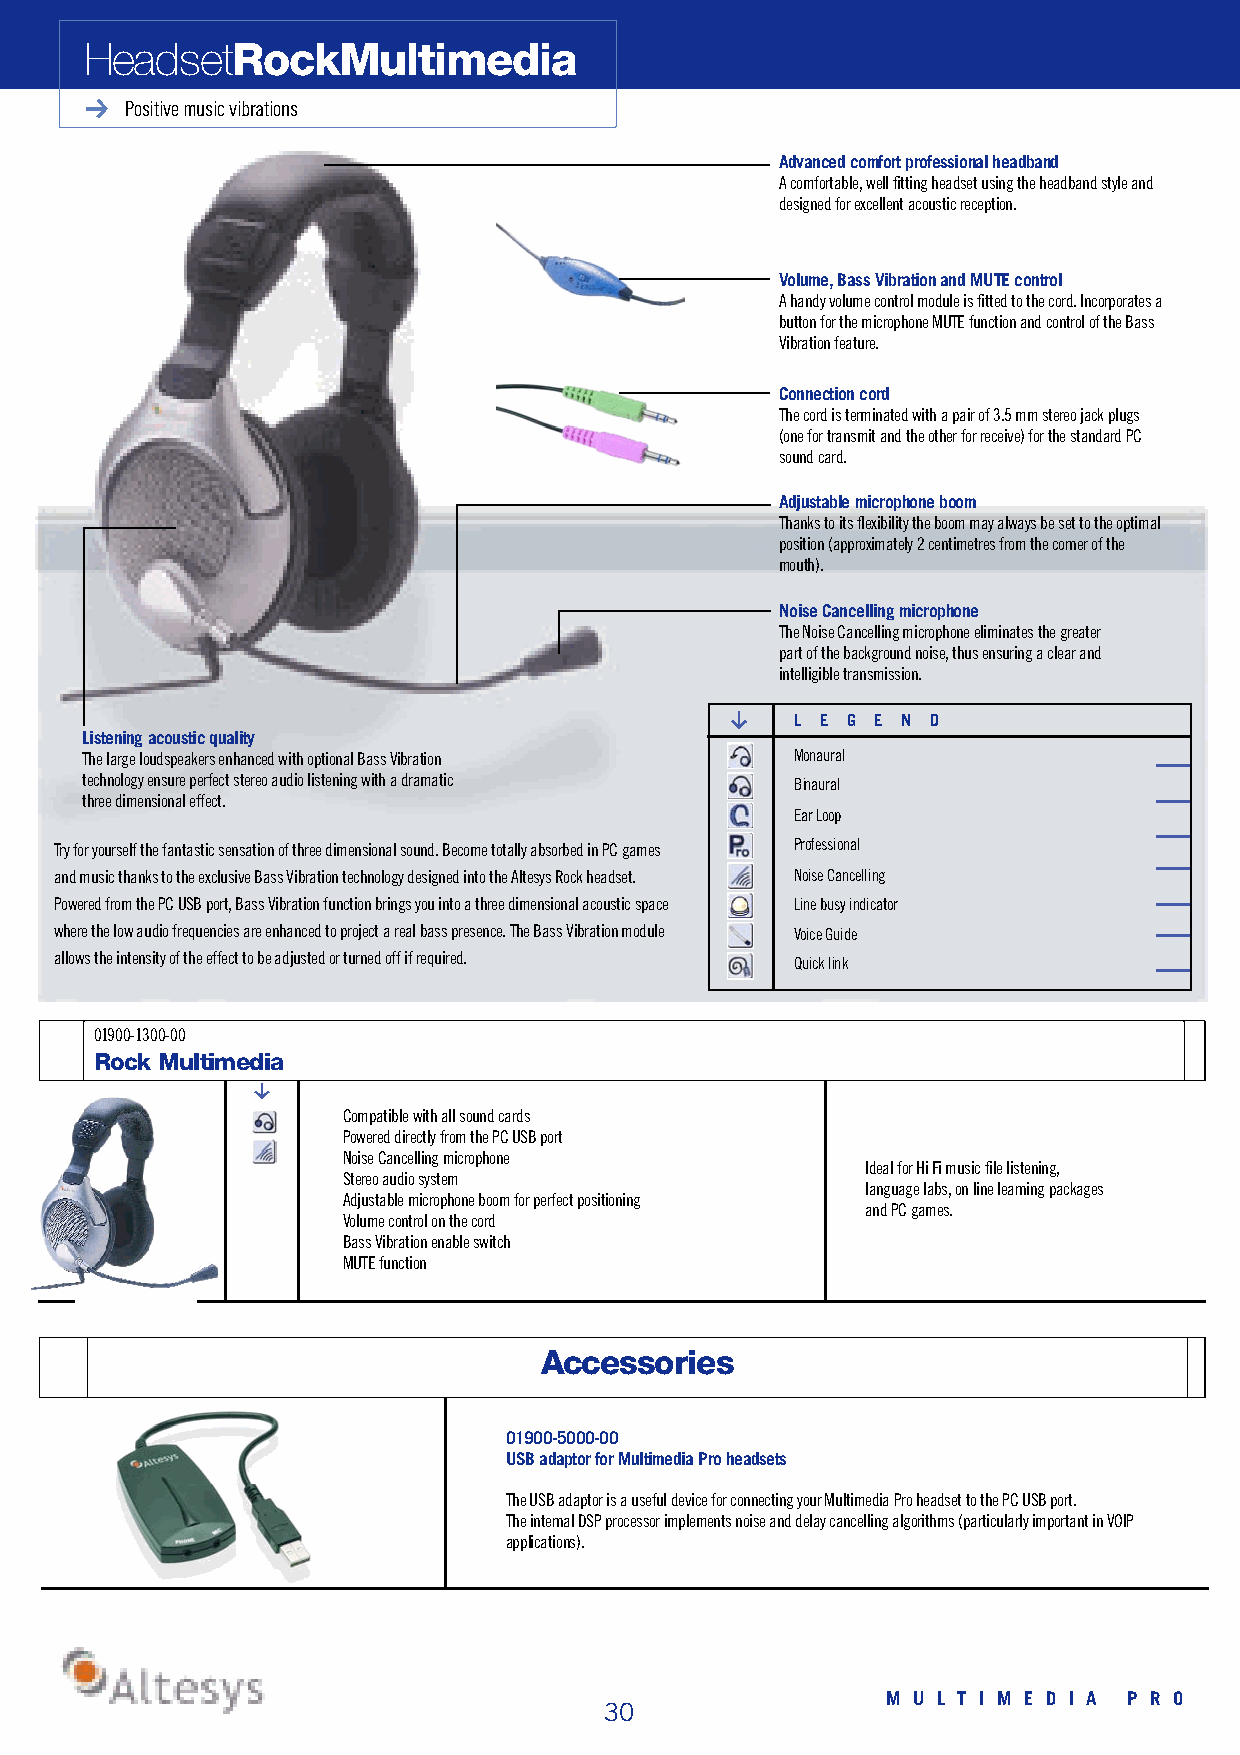
H e a d s e tR o c k M u l t i m e d i a
 Positive music vibrations
 Advanced comfort professional headband
 A comfortable, well fitting headset using the headband style and
 designed for excellent acoustic reception.
 Volume, Bass Vibration and MUTE control
 A handy volume control module is fitted to the cord. Incorporates a
 button for the microphone MUTE function and control of the Bass
 Vibration feature.
 Connection cord
 The cord is terminated with a pair of 3.5 mm stereo jack plugs
 (one for transmit and the other for receive) for the standard PC
 sound card.
 Adjustable microphone boom
 Thanks to its flexibility the boom may always be set to the optimal
 position (approximately 2 centimetres from the corner of the
 m o u t h ) .
 Noise Cancelling microphone
 The Noise Cancelling microphone eliminates the greater
 part of the background noise, thus ensuring a clear and
 intelligible transmission.
 g
 L E G E N D
 Listening acoustic quality
 The large loudspeakers enhanced with optional Bass Vi b r a t i o n M o n a u r a l
 technology ensure perfect stereo audio listening with a dramatic B i n a u r a l
 three dimensional effect.
 Ear Loop
 Try for yourself the fantastic sensation of three dimensional sound. Become totally absorbed in PC games P r o f e s s i o n a l
 and music thanks to the exclusive Bass Vibration technology designed into the Altesys Rock headset. Noise Cancelling
 Powered from the PC USB port, Bass Vibration function brings you into a three dimensional acoustic space Line busy indicator
 where the low audio frequencies are enhanced to project a real bass presence. The Bass Vibration module Voice Guide
 allows the intensity of the effect to be adjusted or turned off if required. Quick link
 0 1 9 0 0 - 1 3 0 0 - 0 0
 Rock Multimedia
 g
 Compatible with all sound cards
 Powered directly from the PC USB port
 Noise Cancelling microphone
 Ideal for Hi Fi music file listening,
 Stereo audio system
 language labs, on line learning packages
 Adjustable microphone boom for perfect positioning
 and PC games.
 Volume control on the cord
 Bass Vibration enable switch
 MUTE function
 A c c e s s o r i e s
 0 1 9 0 0 - 5 0 0 0 - 0 0
 USB adaptor for Multimedia Pro headsets
 The USB adaptor is a useful device for connecting your Multimedia Pro headset to the PC USB port.
 The internal DSP processor implements noise and delay cancelling algorithms (particularly important in VOIP
 a p p l i c a t i o n s ) .
 M U L T I M E D I A P R O
 30